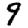
Digit: 9